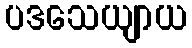
ပဒသေယျာယ